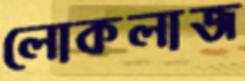
লোকলাজ